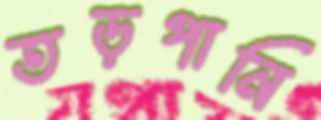
তড়পানি